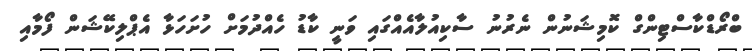
ބްރޯޑްކާސްޓިންގް ކޮމިޝަނުން ނެރުނު ސާކިއުލާއެއްގައި ވަނީ ކާޑު ހެއްދުމަށް ހުށަހަޅާ އެޕްލިކޭޝަން ފޯމާއި